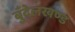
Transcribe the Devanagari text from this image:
बुँदेलखण्ड